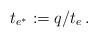
LaTeX: \begin{align*} t_{e^\ast}:=q/t_e \,.\end{align*}